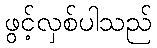
ဖွင့်လှစ်ပါသည်